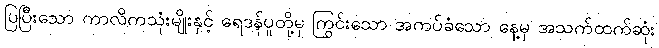
ပြပြီးသော ကာလိကသုံးမျိုးနှင့် ရေဒန်ပူတို့မှ ကြွင်းသော အကပ်ခံသော နေ့မှ အသက်ထက်ဆုံး